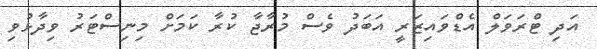
އަދި ޓްރަވަލް އެޑްވައިޒަރީ އަބަދު ވެސް މުރާޖާ ކުރާ ކަމަށް މިނިސްޓަރު ވިދާޅުވި